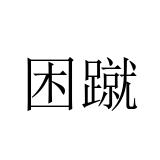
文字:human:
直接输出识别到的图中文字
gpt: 困蹴